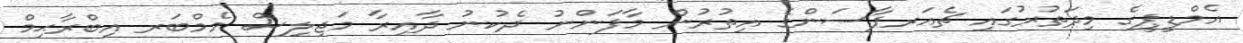
އެމްޑީޕީގެ މިދަތުރުގައި ޗެއަރޕާސަންގެ އިތުރުން މާފަންނު ދެކުނު ދާއިރާ މަޖިލިސް މެމްބަރ އިބްރާޙިމް